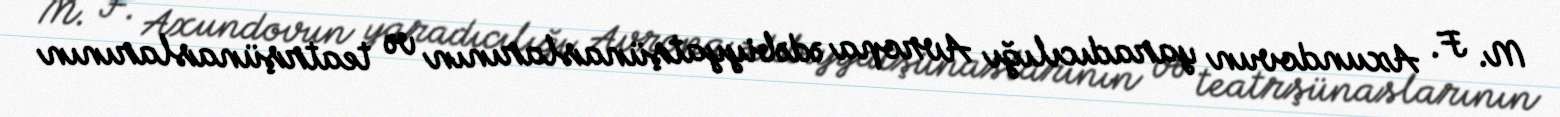
M. F. Axundovun yaradıcılığı Avropa ədəbiyyatşünaslarının və teatrşünaslarının